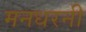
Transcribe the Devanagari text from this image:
मनधरनी